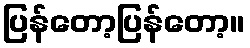
ပြန်တော့ပြန်တော့။